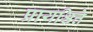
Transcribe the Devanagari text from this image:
प्रायश्चित्ते